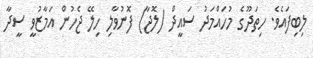
ލިބިފައެވެ. ހިތަދޫގެ މުހައްމަދު ސައީދް (ލޮޖާ) ފޮނުވާލި ހިލޭ ޖެހުން އަމާޒުވީ ސީދާ